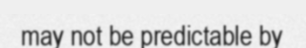
may not be predictable by